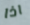
اذا